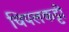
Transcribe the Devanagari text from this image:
चिपलकट्टी